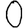
Digit: 0